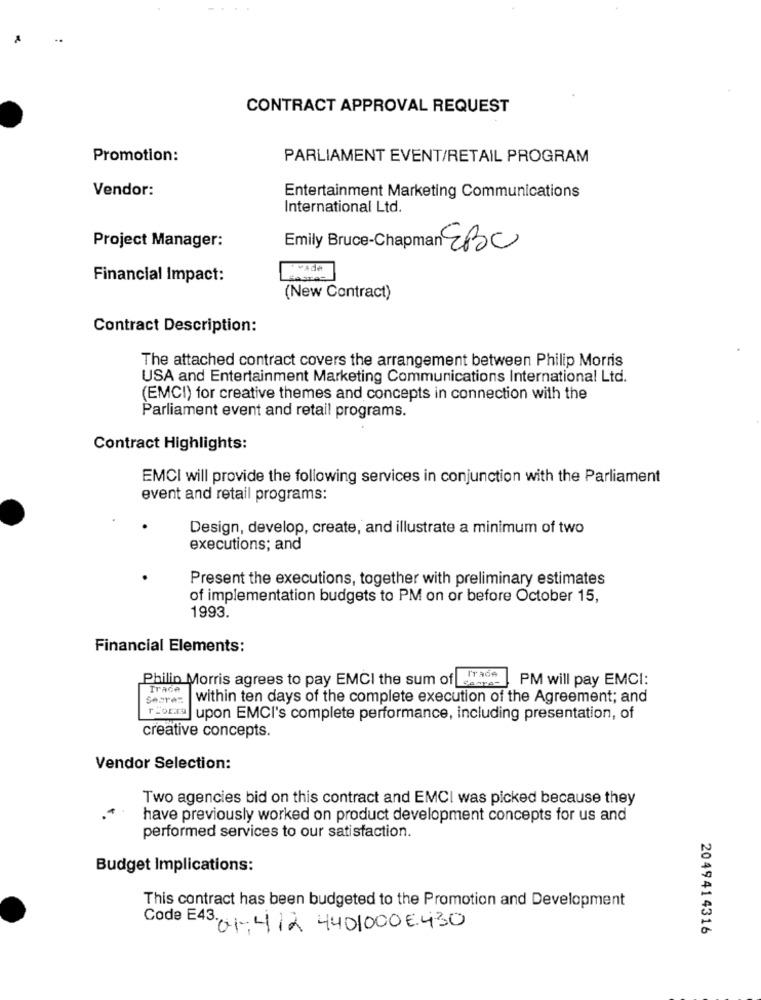
CONTRACT APPROVAL REQUEST
Promotion:
PARLIAMENT EVENT/RETAIL PROGRAM
Vendor:
Entertainment Marketing Communications
International Ltd.
Project Manager:
Emily Bruce-Chapman ZBC
SVAde
Financial Impact:
HASTAS
(New Contract)
Contract Description:
The attached contract covers the arrangement between Philip Morris
USA and Entertainment Marketing Communications International Ltd.
(EMCI) for creative themes and concepts in connection with the
Parliament event and retail programs.
Contract Highlights:
EMCI will provide the following services in conjunction with the Parliament
event and retail programs:
Design, develop, create, and illustrate a minimum of two
executions; and
Present the executions, together with preliminary estimates
of implementation budgets to PM on or before October 15,
1993.
Financial Elements:
PM will pay EMCI:
Philip Morris agrees to pay EMCI the sum of secre-
Trace
Searen
within ten days of the complete execution of the Agreement; and
r -orta upon EMCI's complete performance, including presentation, of
creative concepts.
Vendor Selection:
Two agencies bid on this contract and EMCI was picked because they
have previously worked on product development concepts for us and
performed services to our satisfaction.
Budget Implications:
This contract has been budgeted to the Promotion and Development
Code E43. 01-412 4401000€430
2049414316